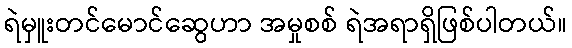
ရဲမှူးတင်မောင်ဆွေဟာ အမှုစစ် ရဲအရာရှိဖြစ်ပါတယ်။